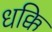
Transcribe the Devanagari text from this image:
धक्कि